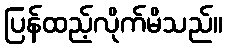
ပြန်ထည့်လိုက်မိသည်။